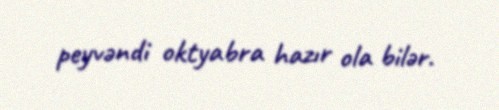
peyvəndi oktyabra hazır ola bilər.